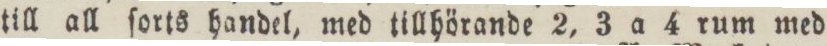
till all ſorts handel, med tillhörande 2, 3 a 4 rum med